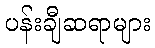
ပန်းချီဆရာများ